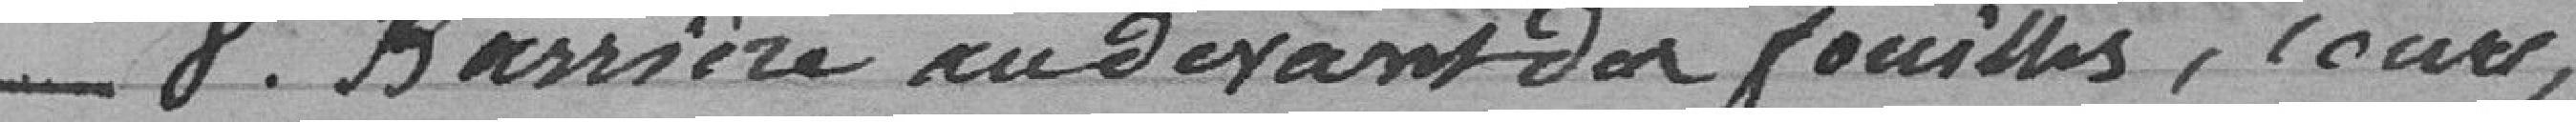
N° 8 Barrière au devant des fouilles, cours